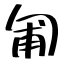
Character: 匍